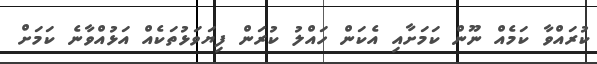
ކުރައްވާ ކަމެއް ނޫން ކަމަށާއި އެކަން ހައްލު ކުރަން ފިޔަވަޅުތަކެއް އަޅުއްވާނެ ކަމަށް